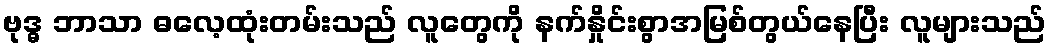
ဗုဒ္ဓ ဘာသာ ဓလေ့ထုံးတမ်းသည် လူတွေကို နက်နှိုင်းစွာအမြစ်တွယ်နေပြီး လူများသည်